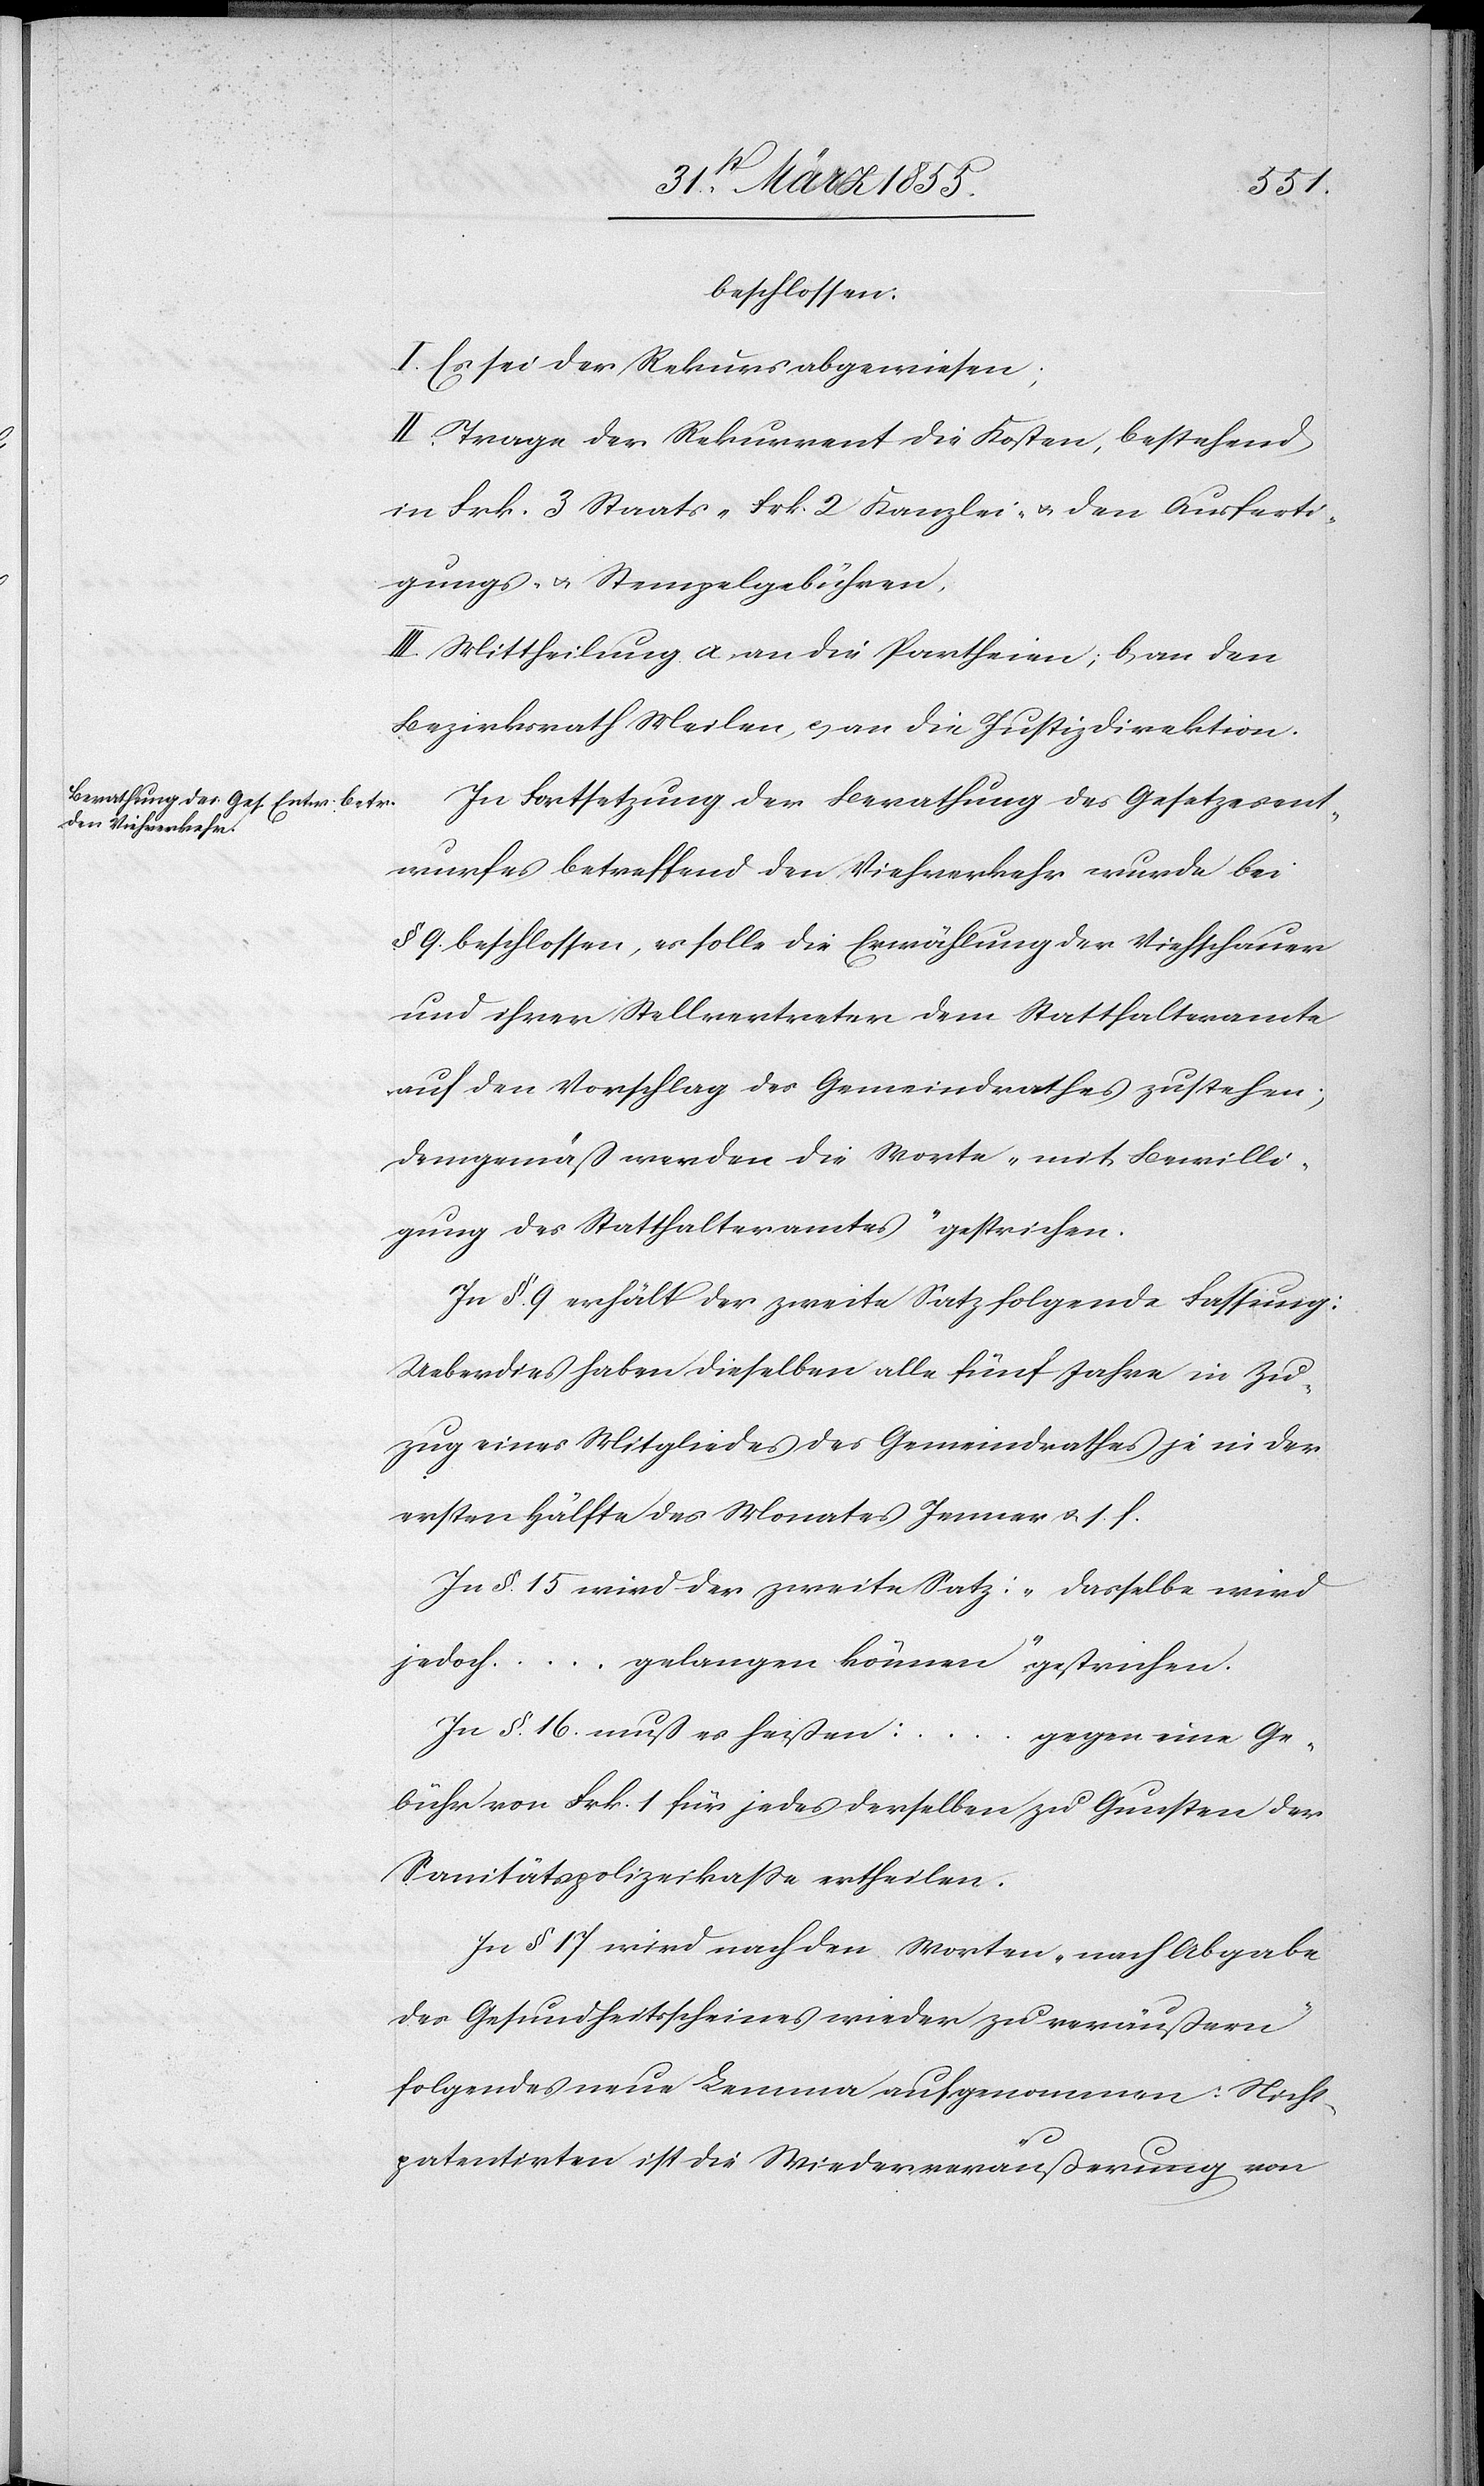
beschlossen:
I. Es sei der Rekurs abgewiesen;
II. Trage der Rekurrent die Kosten, bestehend
in Frk. 3 Staats-[,] Frk. 2 Kanzlei- & den Ausferti¬
gungs- & Stempelgebühren.
III. Mittheilung a. an die Partheien; b, an den
Bezirksrath Meilen, c, an die Justizdirektion.
In Fortsetzung der Berathung des Gesetzesent¬
wurfes betreffend den Viehverkehr wurde bei
§ 9. beschlossen, es solle die Erwählung der Viehschauer
und ihrer Stellvertreter dem Statthalteramte
auf den Vorschlag des Gemeindrathes zustehen;
demgemäß werden die Worte „mit Bewilli¬
gung des Statthalteramtes“ gestrichen.
In §. 9 erhält der zweite Satz folgende Fassung:
Ueberdies haben dieselben alle fünf Jahre in Zu¬
zug eines Mitgliedes des Gemeindrathes je in der
ersten Hälfte des Monates Jenner & s. f.
In §. 15 wird der zweite Satz: „Dasselbe wird
jedoch … gelangen können“ gestrichen.
In §. 16. muß es heißen:
…
gegen eine Ge¬
bühr von Frk. 1 für jedes derselben zu Gunsten der
Sanitätspolizeikasse ertheilen.
In § 17 wird nach den Worten „nach Abgabe
des Gesundheitsscheines wieder zu veräußern“
folgendes neue Lemma aufgenommen: Nicht¬
patentirten ist die Wiederveräußerung von